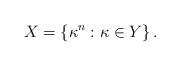
LaTeX: \begin{align*}X=\left\{\kappa^n:\kappa\in Y\right\}.\end{align*}